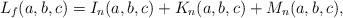
LaTeX: \begin{align*}L_f(a,b,c)=I_n(a,b,c)+K_n(a,b,c)+M_n(a,b,c), \end{align*}